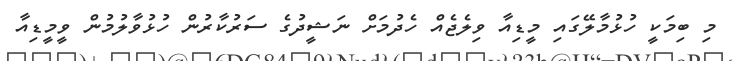
މި ބިމަކީ ހުޅުމާލޭގައި މީޑިއާ ވިލެޖެއް ހެދުމަށް ނަޝީދުގެ ސަރުކާރުން ހުޅުވާލުމުން ވީމީޑިއާ